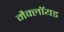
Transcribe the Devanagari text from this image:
मैक्लॉयड